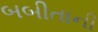
બબીતાની